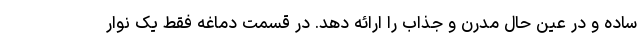
ساده و در عین حال مدرن و جذاب را ارائه دهد. در قسمت دماغه فقط یک نوار